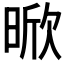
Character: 𭦡